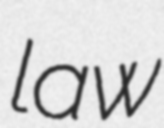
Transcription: law